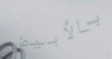
بالأبيض